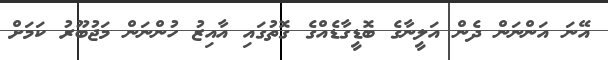
އޭނަ އަންނަން ދެން އަލީނާގެ ބޮޑީގާޑެއްގެ ގޮތުގައި އާއިޒު ހުންނަން މަޖުބޫރު ކަމަށް